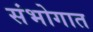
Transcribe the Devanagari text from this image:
संभोगात